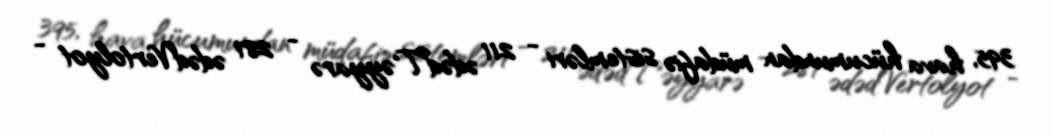
395, hava hücumundan müdafiə sistemləri - 211 ədədTəyyarə - 281 ədədVertolyot -